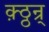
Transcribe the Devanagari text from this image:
क़्ठ्ठन्र्